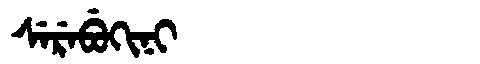
Manchu: ᠰᡝᡵᡝᠪᡠᡴᡳᠨᡳ
Romanization: SEREBUKINI